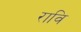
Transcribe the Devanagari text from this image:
रावि